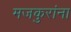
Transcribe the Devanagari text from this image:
मजकुरांना